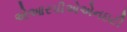
એઆરપીએએનઇટી